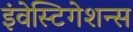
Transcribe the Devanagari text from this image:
इंवेस्टिगेशन्स